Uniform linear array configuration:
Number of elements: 4
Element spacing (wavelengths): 0.25
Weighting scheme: cosine
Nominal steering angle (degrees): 45
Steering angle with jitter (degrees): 43.038
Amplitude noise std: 0.05
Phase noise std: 0.05

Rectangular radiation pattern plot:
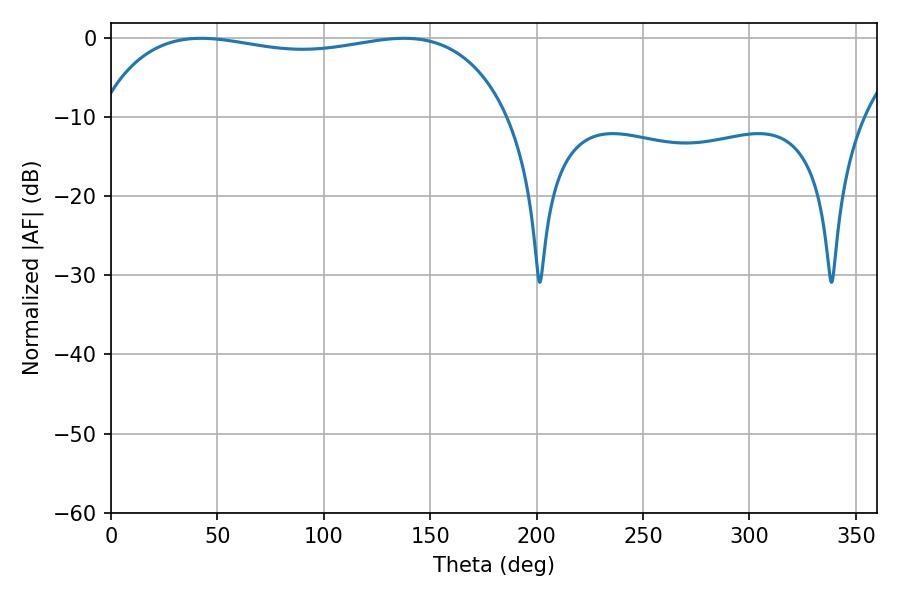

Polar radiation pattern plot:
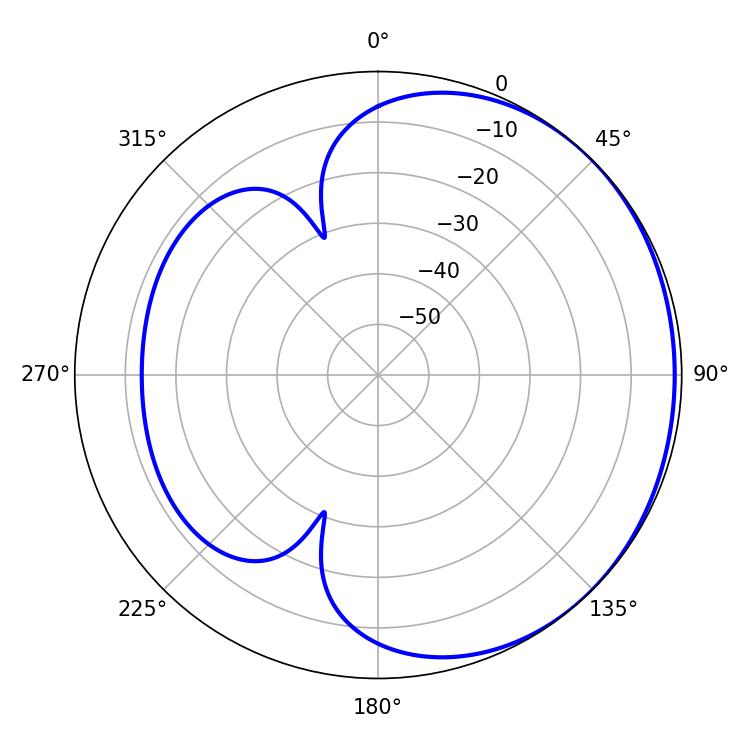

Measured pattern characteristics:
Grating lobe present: FALSE
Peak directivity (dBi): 1.01
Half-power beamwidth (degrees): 156.24
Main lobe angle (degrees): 42.3